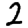
Digit: 2